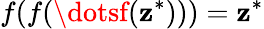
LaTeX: f(f(\dotsf(\mathbf{z}^{*})))=\mathbf{z}^{*}